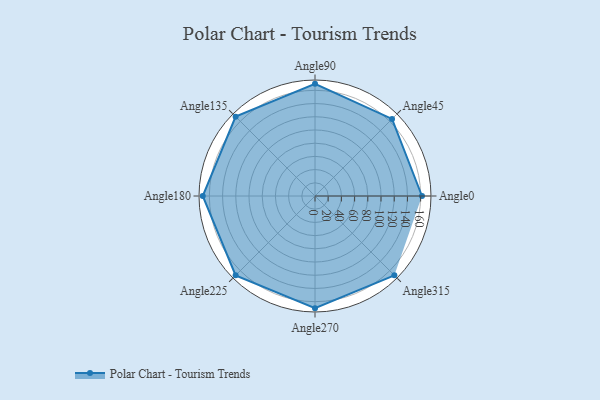
{"axis": {"x": "Angle", "y": "Radius"}, "legend": [""], "data": [{"x": "Angle0", "y": 162.0, "type": ""}, {"x": "Angle45", "y": 165.0, "type": ""}, {"x": "Angle90", "y": 170, "type": ""}, {"x": "Angle135", "y": 170, "type": ""}, {"x": "Angle180", "y": 170, "type": ""}, {"x": "Angle225", "y": 170, "type": ""}, {"x": "Angle270", "y": 170, "type": ""}, {"x": "Angle315", "y": 170, "type": ""}]}